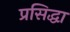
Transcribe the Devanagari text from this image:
प्रसिद्धा